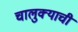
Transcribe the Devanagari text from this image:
चालुक्याची